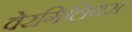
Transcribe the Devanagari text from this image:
वेरगिलियस